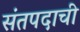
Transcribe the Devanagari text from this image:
संतपदाची